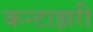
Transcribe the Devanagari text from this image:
कन्टाझरी